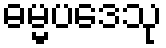
ဓမ္မပဒေသု